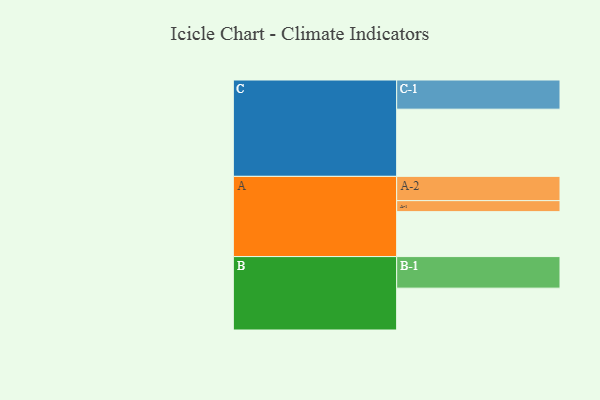
{"axis": {"x": "Segment", "y": "Value"}, "legend": ["", "A", "B", "C"], "data": [{"x": "A", "y": 376, "type": ""}, {"x": "B", "y": 350, "type": ""}, {"x": "C", "y": 562, "type": ""}, {"x": "A-1", "y": 92, "type": "A"}, {"x": "A-2", "y": 203, "type": "A"}, {"x": "B-1", "y": 264, "type": "B"}, {"x": "C-1", "y": 244, "type": "C"}]}